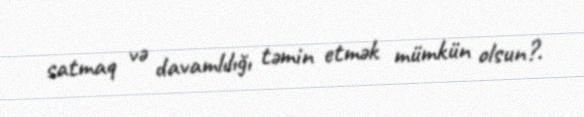
satmaq və davamlılığı təmin etmək mümkün olsun?.